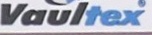
Vaultex